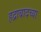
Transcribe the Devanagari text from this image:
हद्राबादच्या